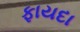
ફાયદા